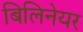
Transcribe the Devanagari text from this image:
बिलिनेयर